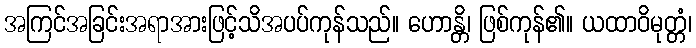
အကြင်အခြင်းအရာအားဖြင့်သိအပပ်ကုန်သည်။ ဟောန္တိ၊ ဖြစ်ကုန်၏။ ယထာဝိမုတ္တံ၊